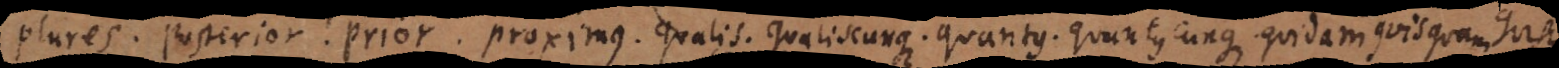
or. Praesens. Prior. Proximus. Qualis. Qualiscunque. Quantus. Quantuscunque. Quidam. Quisquam. Qui